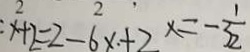
: x + 2 = 2 - 6 x + 2 x = - \frac { 1 } { 3 2 }